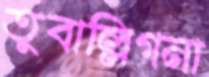
তুবাল্লিগনা